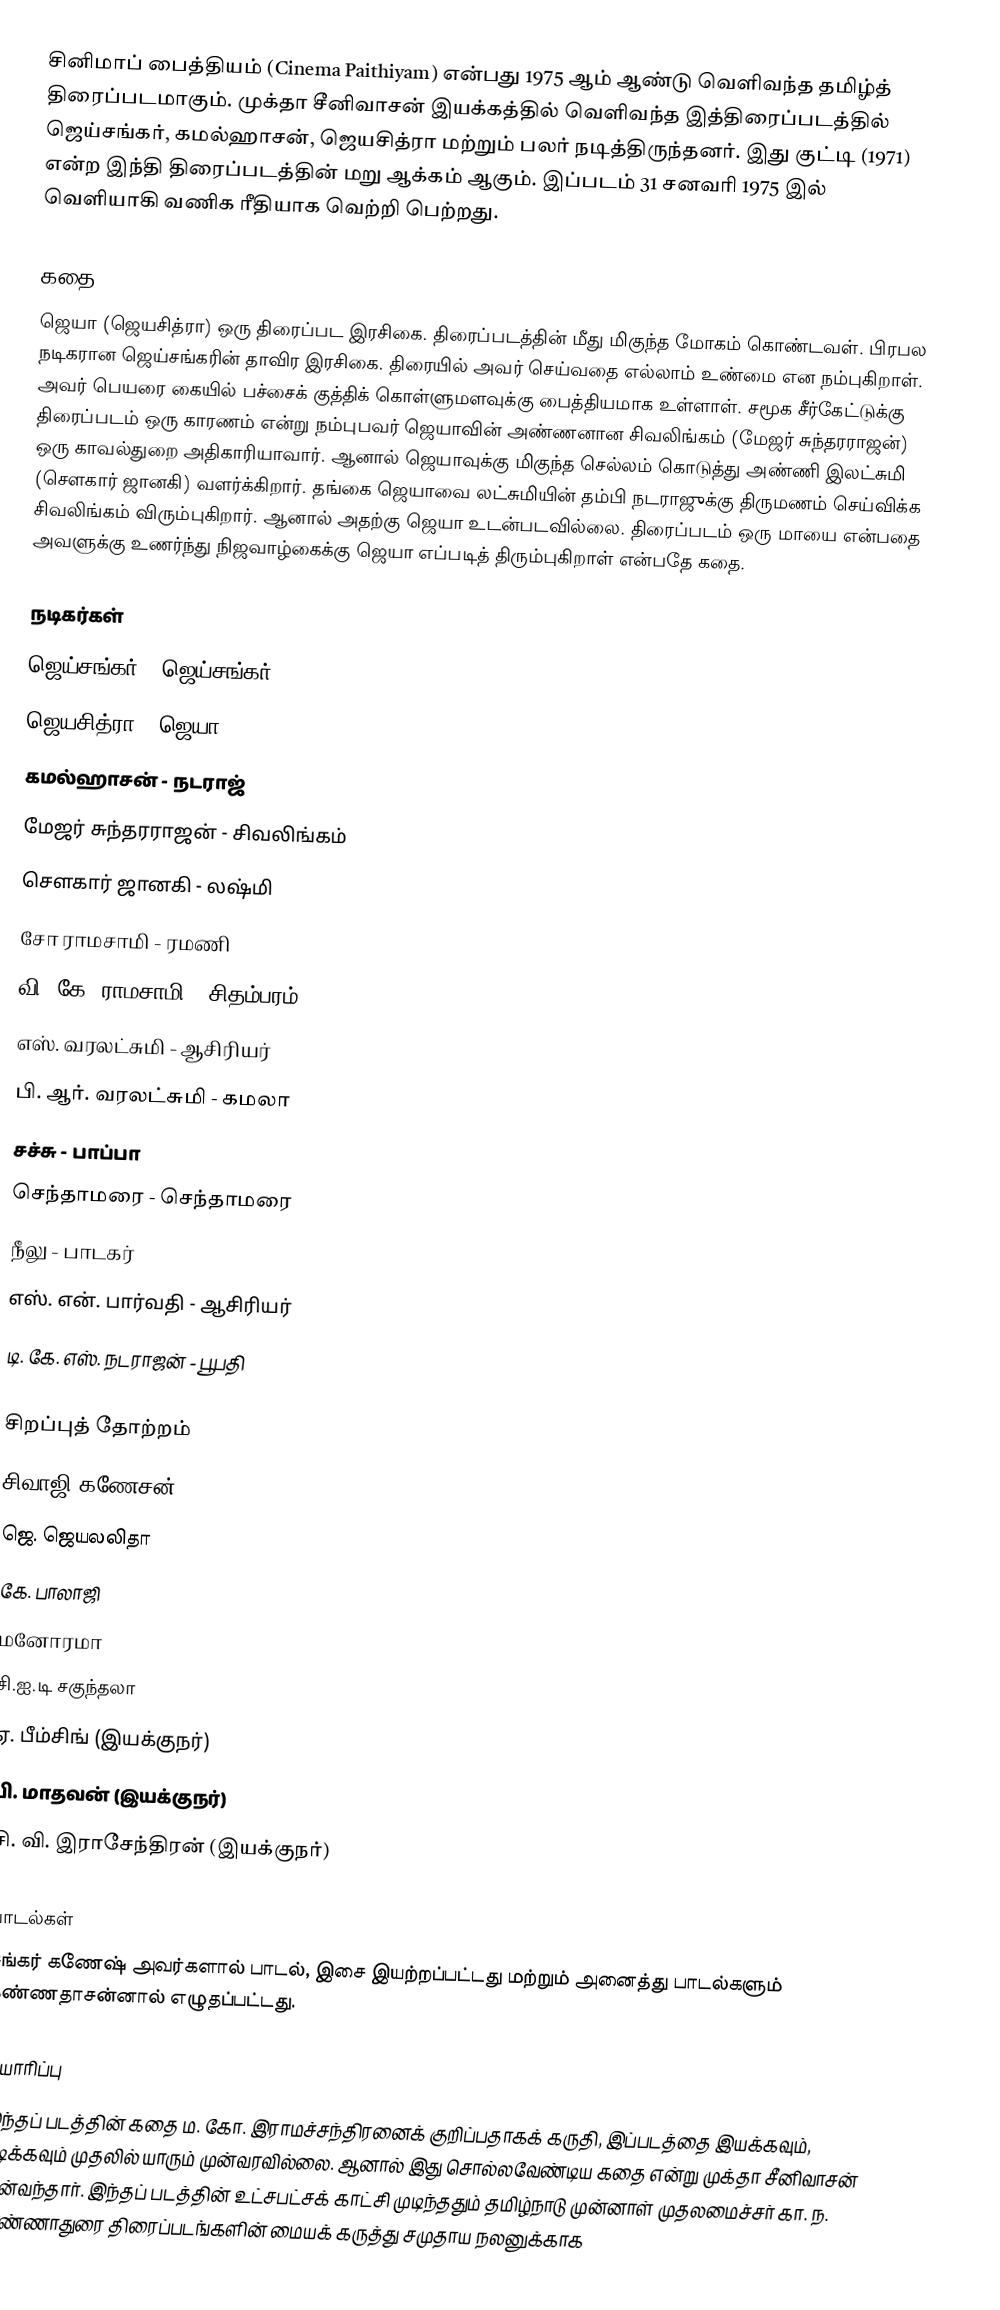
சினிமாப் பைத்தியம் (Cinema Paithiyam) என்பது 1975 ஆம் ஆண்டு வெளிவந்த தமிழ்த் திரைப்படமாகும். முக்தா சீனிவாசன் இயக்கத்தில் வெளிவந்த இத்திரைப்படத்தில் ஜெய்சங்கர்,  கமல்ஹாசன், ஜெயசித்ரா மற்றும் பலர் நடித்திருந்தனர். இது குட்டி (1971) என்ற இந்தி திரைப்படத்தின் மறு ஆக்கம் ஆகும். இப்படம் 31 சனவரி 1975 இல் வெளியாகி வணிக ரீதியாக வெற்றி பெற்றது.

கதை
ஜெயா (ஜெயசித்ரா) ஒரு திரைப்பட இரசிகை. திரைப்படத்தின் மீது மிகுந்த மோகம் கொண்டவள். பிரபல நடிகரான ஜெய்சங்கரின் தாவிர இரசிகை. திரையில் அவர் செய்வதை எல்லாம் உண்மை என நம்புகிறாள். அவர் பெயரை கையில் பச்சைக் குத்திக் கொள்ளுமளவுக்கு பைத்தியமாக உள்ளாள். சமூக சீர்கேட்டுக்கு திரைப்படம் ஒரு காரணம் என்று நம்புபவர் ஜெயாவின் அண்ணனான சிவலிங்கம் (மேஜர் சுந்தரராஜன்) ஒரு காவல்துறை அதிகாரியாவார். ஆனால் ஜெயாவுக்கு மிகுந்த செல்லம் கொடுத்து அண்ணி இலட்சுமி (சௌகார் ஜானகி) வளர்க்கிறார். தங்கை ஜெயாவை லட்சுமியின் தம்பி நடராஜுக்கு திருமணம் செய்விக்க சிவலிங்கம் விரும்புகிறார். ஆனால் அதற்கு ஜெயா உடன்படவில்லை. திரைப்படம் ஒரு மாயை என்பதை அவளுக்கு உணர்ந்து நிஜவாழ்கைக்கு ஜெயா எப்படித் திரும்புகிறாள் என்பதே கதை.

நடிகர்கள்
 ஜெய்சங்கர் - ஜெய்சங்கர்
 ஜெயசித்ரா - ஜெயா
 கமல்ஹாசன் - நடராஜ்
 மேஜர் சுந்தரராஜன் - சிவலிங்கம்
 சௌகார் ஜானகி - லஷ்மி
 சோ ராமசாமி - ரமணி
 வி. கே. ராமசாமி - சிதம்பரம்
 எஸ். வரலட்சுமி - ஆசிரியர்
 பி. ஆர். வரலட்சுமி - கமலா
 சச்சு - பாப்பா
 செந்தாமரை - செந்தாமரை
 நீலு - பாடகர்
 எஸ். என். பார்வதி - ஆசிரியர்
 டி. கே. எஸ். நடராஜன் - பூபதி

சிறப்புத் தோற்றம்
 சிவாஜி கணேசன்
 ஜெ. ஜெயலலிதா
 கே. பாலாஜி
 மனோரமா
 சி.ஐ.டி சகுந்தலா
 ஏ. பீம்சிங் (இயக்குநர்)
 பி. மாதவன் (இயக்குநர்)
 சி. வி. இராசேந்திரன் (இயக்குநர்)

பாடல்கள்
சங்கர் கணேஷ் அவர்களால் பாடல், இசை இயற்றப்பட்டது மற்றும் அனைத்து பாடல்களும் கண்ணதாசன்னால் எழுதப்பட்டது.

தயாரிப்பு
இந்தப் படத்தின் கதை ம. கோ. இராமச்சந்திரனைக் குறிப்பதாகக் கருதி, இப்படத்தை இயக்கவும், நடிக்கவும் முதலில் யாரும் முன்வரவில்லை. ஆனால் இது சொல்லவேண்டிய கதை என்று முக்தா சீனிவாசன் முன்வந்தார். இந்தப் படத்தின் உட்சபட்சக் காட்சி முடிந்ததும் தமிழ்நாடு முன்னாள் முதலமைச்சர் கா. ந. அண்ணாதுரை திரைப்படங்களின் மையக் கருத்து சமுதாய நலனுக்காக